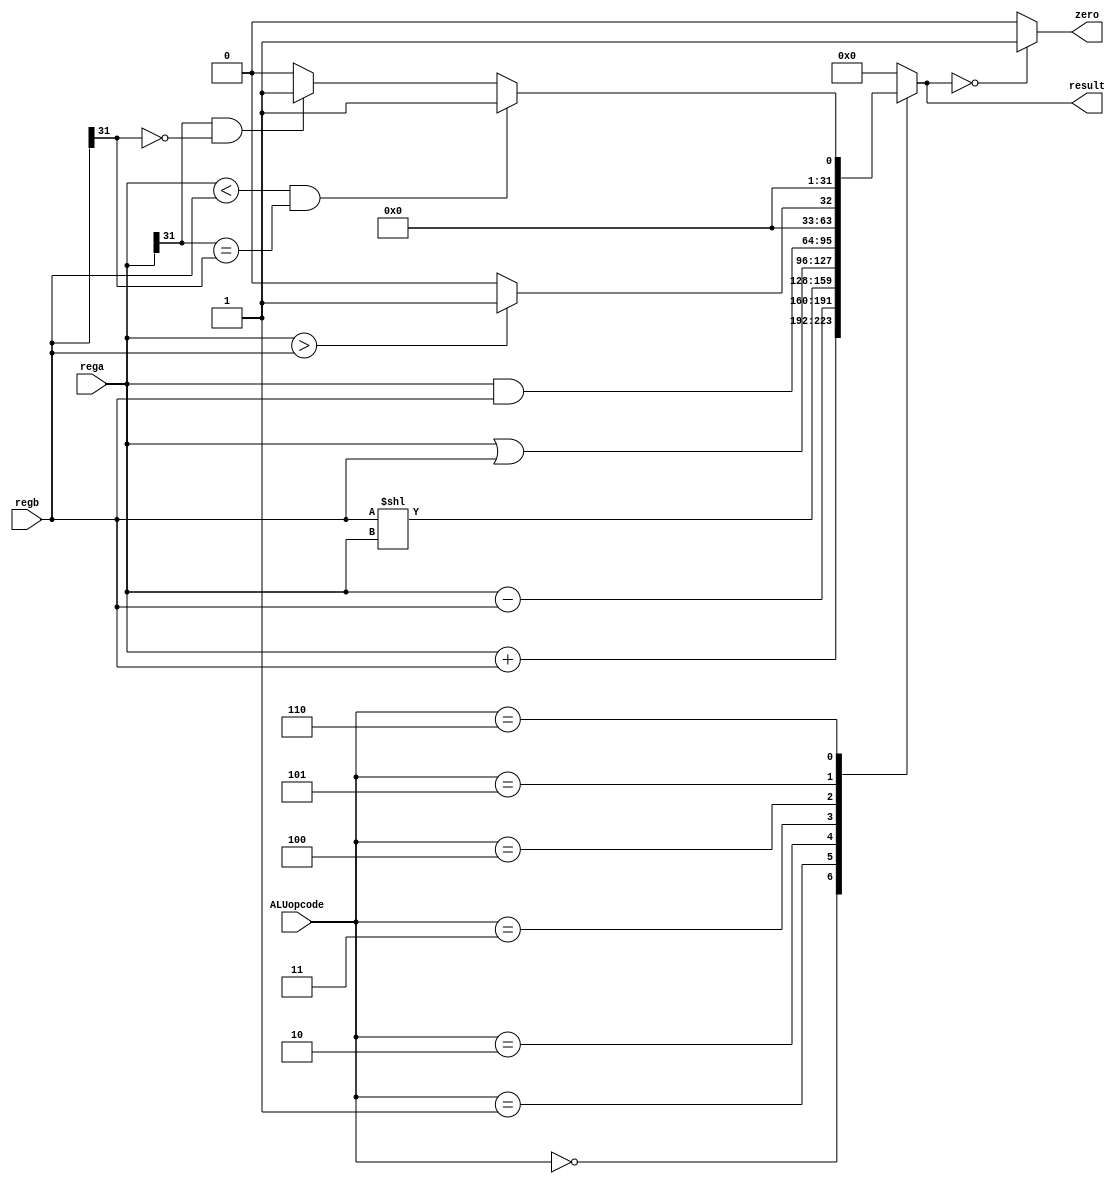
`timescale 1ns / 1ps
//////////////////////////////////////////////////////////////////////////////////
// Company: 
// Engineer: 
// 
// Design Name: 
// Module Name: ALU
// Project Name: 
// Target Devices: 
// Tool Versions: 
// Description: 
// 
// Dependencies: 
// 
// Revision:
// Revision 0.01 - File Created
// Additional Comments:
// 
//////////////////////////////////////////////////////////////////////////////////


module ALU(
    input [2:0] ALUopcode,
    input [31:0] rega,
    input [31:0] regb,
    output reg [31:0] result,
    output zero
    );
        
    assign zero = (result==0)?1:0;
    always @( ALUopcode or rega or regb ) begin
        case (ALUopcode)
          3'b000 : result = rega + regb;
          3'b001 : result = rega - regb;
          3'b010 : result = regb << rega;
          3'b011 : result = rega | regb;
          3'b100 : result = rega & regb;
          3'b101 : result = (rega > regb)?1:0;
          3'b110 : begin                         // 
                     if ((rega<regb) &&( rega[31] == regb[31]))
                         result = 1;
                     else if ( rega[31]  && !regb[31])  result = 1;
                     else result = 0;        
                   end 
         default : begin
                 result = 32'h00000000;
                 $display (" no match");
            end
         endcase
     end
endmodule